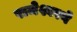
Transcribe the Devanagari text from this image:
राजेश्वरने